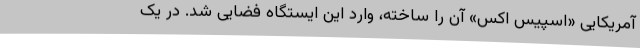
آمریکایی «اسپیس اکس» آن را ساخته، وارد این ایستگاه فضایی شد. در یک